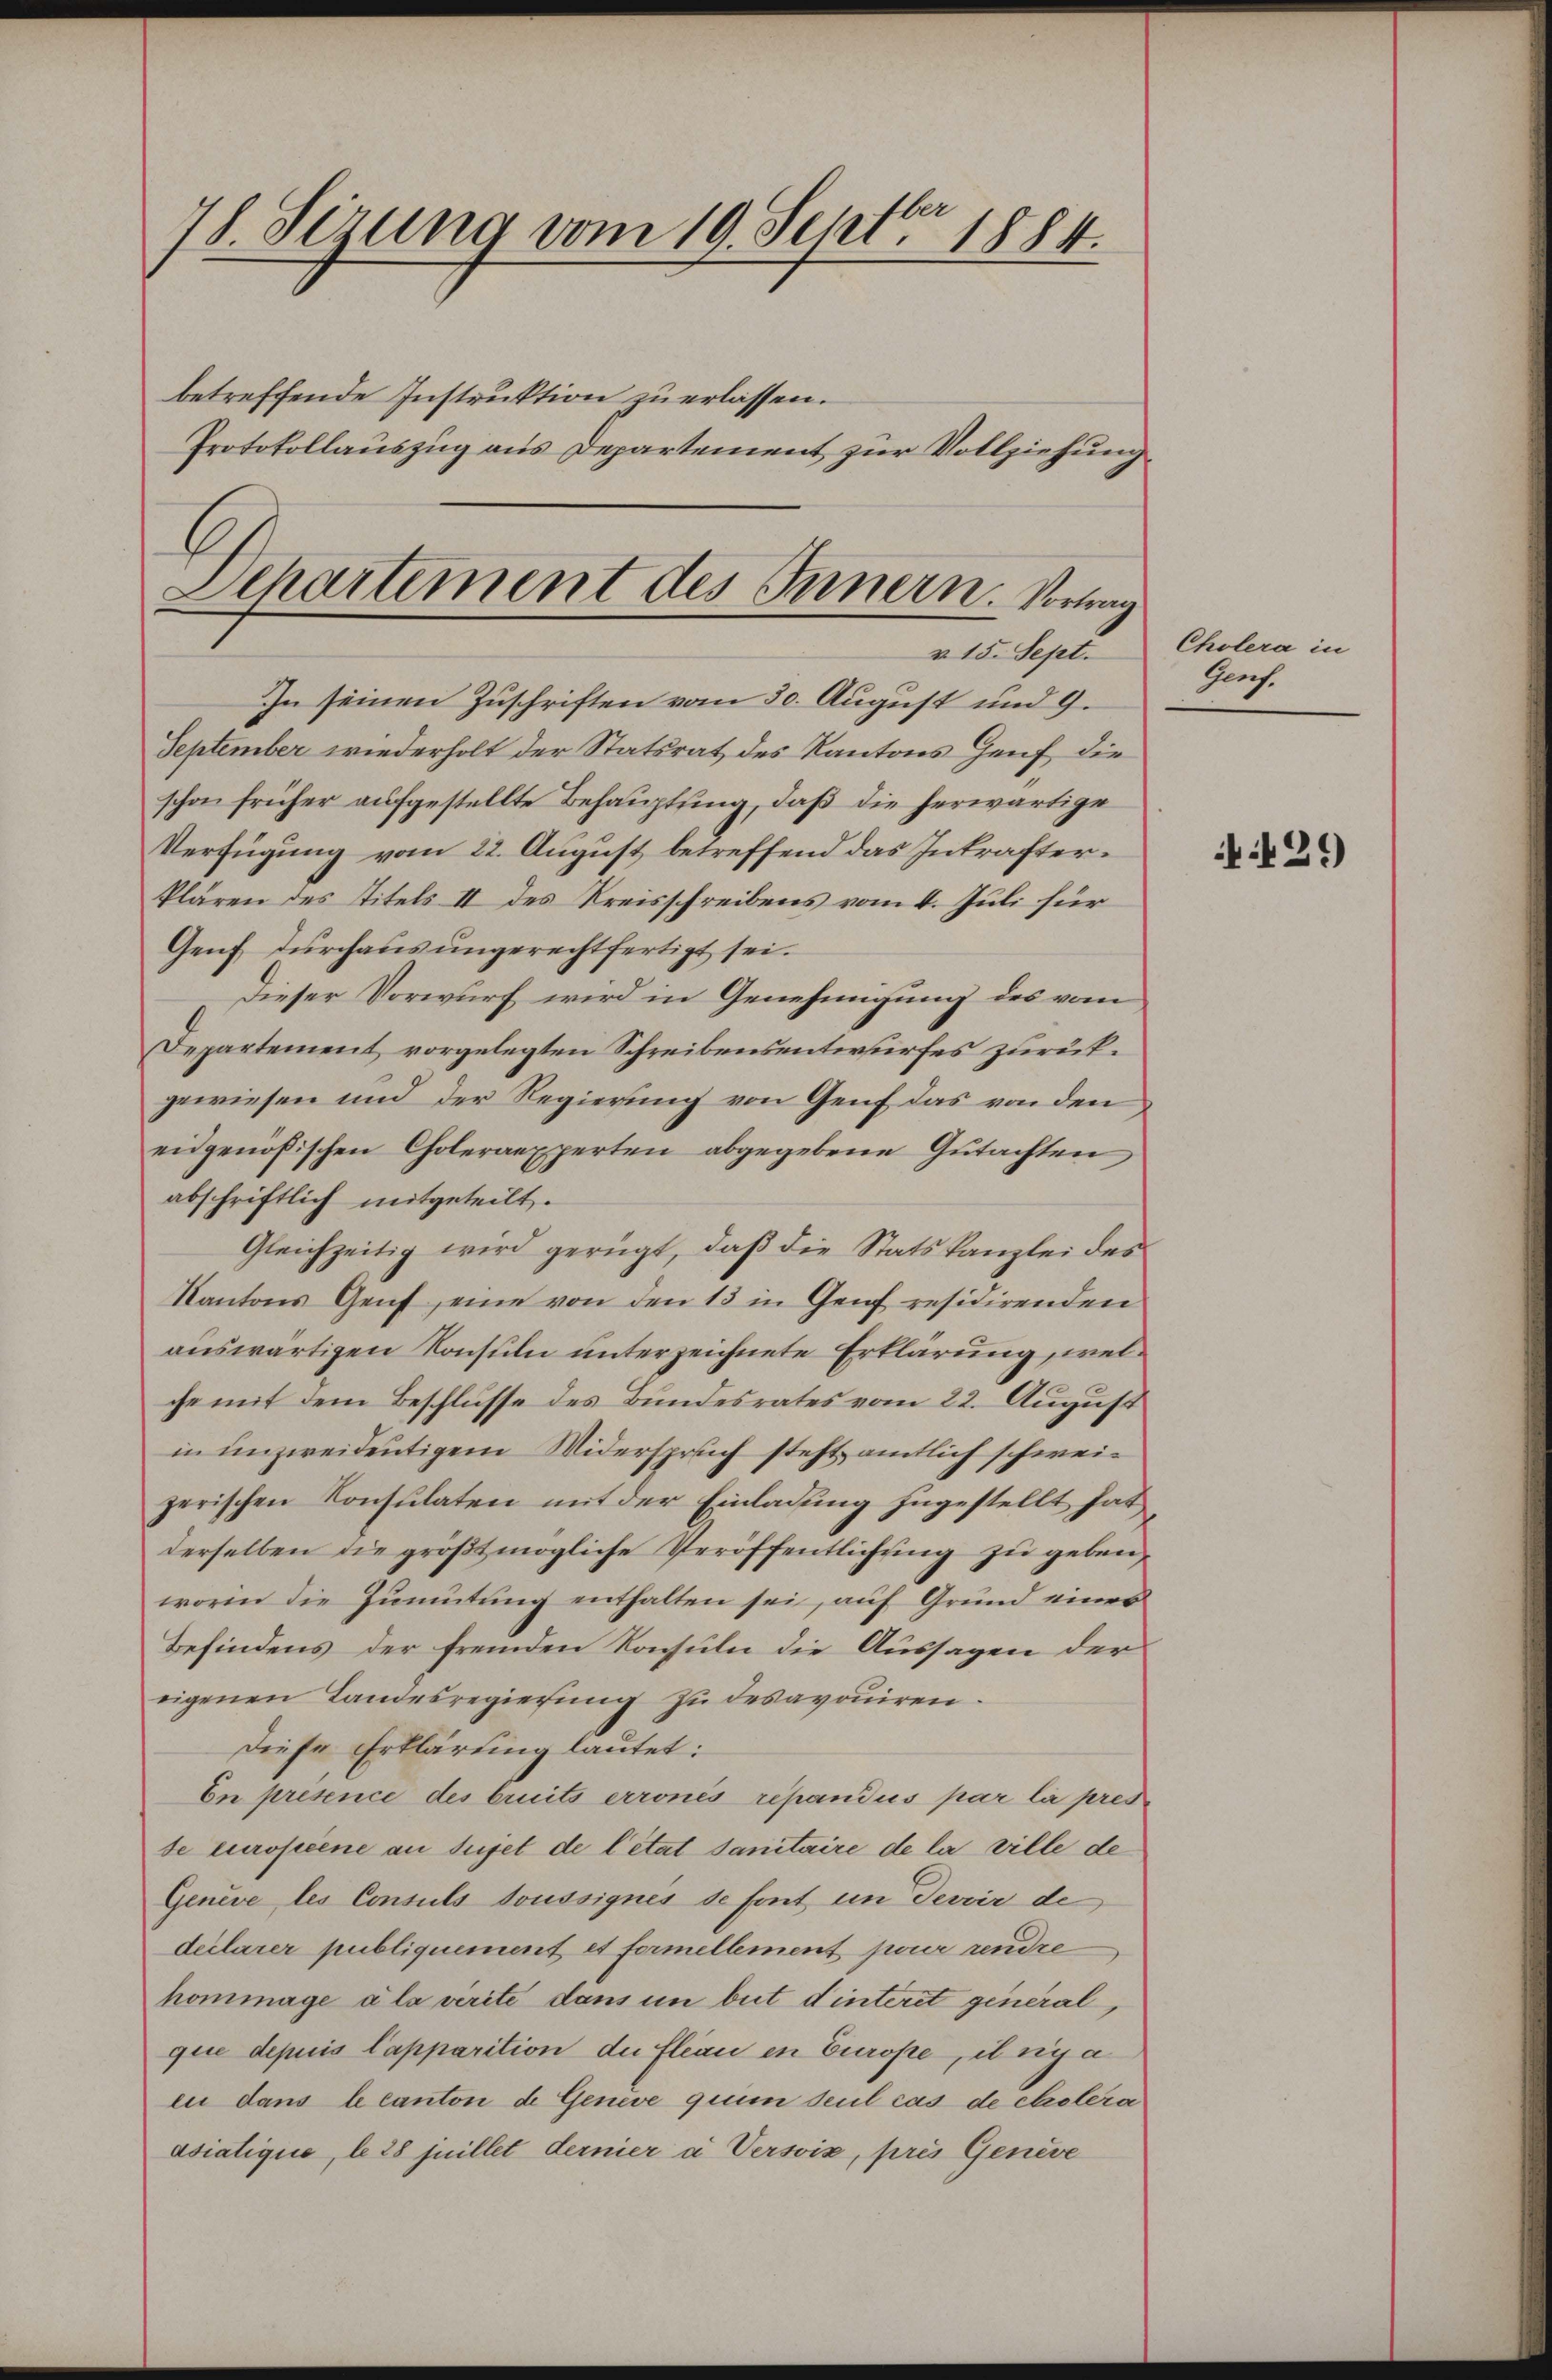
78. Sizung vom 19. Sept. 1884.
betreffende Instruktion zu erlassen.
Protokollauszug aus Departement zur Vollziehung

d
Separtement des Innern. Vortrag
v. 15. Sept.

In seinen Zuschriften vom 30. August und 9.
September wiederholt der Statsrat des Kantons Genf die
schon früher aufgestellte Behauptung, daß die herwärtige
Verfügung vom 22. August betreffend das Inkrafterklären des Titels II des Kreisschreibens vom 4. Juli für
Genf durchausungerechtfertigt sei.
Dieser Vorwurf wird in Genehmigung des vom
Departement vorgelegten Schreibensentwurfes zurükgewiesen und der Regierung von Genf das von den
eidgenößischen Choleraexperten abgegebene Gutachten
abschriftlich mitgeteilt.
Gleichzeitig wird gerügt, daβ die Statskanzlei des
Kantons Genf, eine von den 13 in Genf residirenden
auswärtigen Konsuln unterzeichnete Erklärung, welche mit dem Beschlusse des Bundesrates vom 22. August
in unzweideutigem Widerspruch steht amtlich schweizerischen Konsulaten mit der Einladung zugestellt hat
derselben die groβt mögliche Veröffentlichŭng zu geben,
worin die Zumutung enthalten sei, auf Grund eines
Befindens der fremden Konsuln die Aussagen der
eigenen Landesregierŭng zu desavouiren.
Diese Erklärung lautet:
En présence des bruits erronis repandus par la presde Europeene au sujet de l’état sanitaire de la ville de
Geneve les Consuls toussignes de font in Devir de
declarer publiquement et formellement pour rendre
hommage ala verite dans in beit dinteret generalque depuis Capparition der fleau in Europe, il risa
eu dans le canton de Genève qui seul cas de Cholera
asiatique, le 28 juillet dernier a. Versoix, pres Geneve

Cholera in
Grf.

429